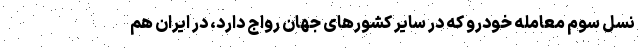
نسل سوم معامله خودرو که در سایر کشورهای جهان رواج دارد، در ایران هم